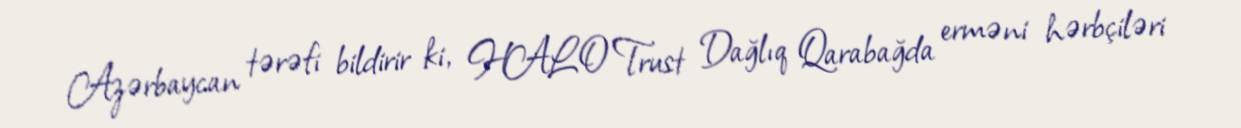
Azərbaycan tərəfi bildirir ki, HALO Trust Dağlıq Qarabağda erməni hərbçiləri